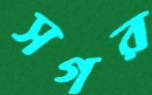
সগর